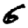
Digit: 6